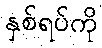
နှစ်ရပ်ကို